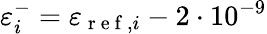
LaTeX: \varepsilon_{i}^{-}=\varepsilon_{\mathrm{~r~e~f~},i}-2\cdot 10^{-9}